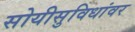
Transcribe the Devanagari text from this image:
सोयीसुविधांवर